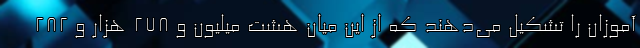
آموزان را تشکیل می‌دهند که از این میان هشت میلیون و ۲۷۸ هزار و ۲۸۲